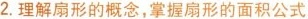
2.理解扇形的概念，掌握扇形的面积公式